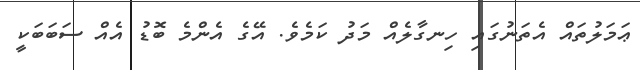
ޢަމަލުތައް އެތަނުގައި ހިނގާލެއް މަދު ކަމެވެ. އޭގެ އެންމެ ބޮޑު އެއް ސަބަބަކީ